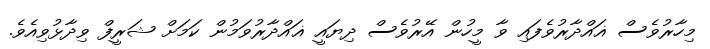
މިހާރުވެސް ޣައްދާރުވެފައި ވާ މީހުން އޭރުވެސް ދިޔައީ ޣައްދާރުވަމުން ކަމަށް ޝަރީފް ވިދާޅުވިއެވެ.